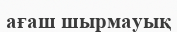
ағаш шырмауық